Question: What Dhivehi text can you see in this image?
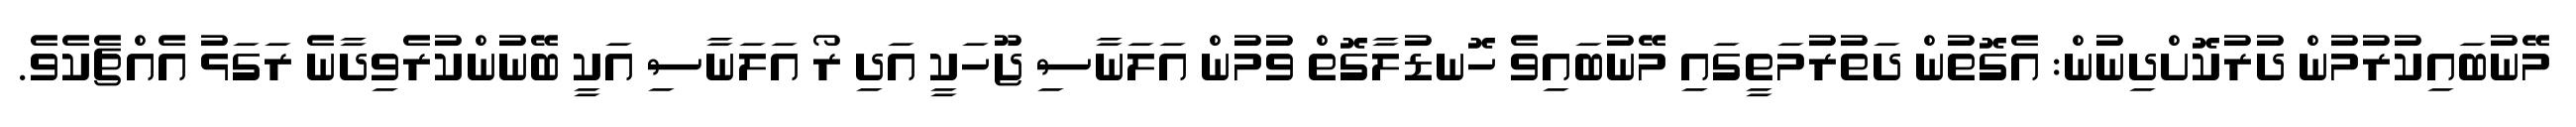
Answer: މޭނުބައިކުރުމުން ދުރުކޮށްދިނުން: އެގޮތުން ދަތުރުމަތީގައި މޭނުބައިވެ ހޮނޑުލާގޮތް ވުމުން އަލަނާސި ޖޫހަކީ އަދި ރޯ އަލަނާސި އަކީ ބޭނުންކުރެވިދާނެ ރަގަޅު އެއްޗެކެވެ.